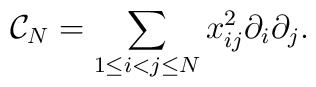
{\cal C}_N=\sum_{1\leq i<j\leq N}x_{ij}^2\partial_i\partial_j.